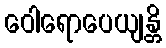
ဝေါရောပေယျန္တိ